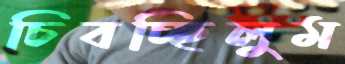
চিবচ্ছিলুম